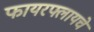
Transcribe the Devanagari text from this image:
फायरफ्लायचे